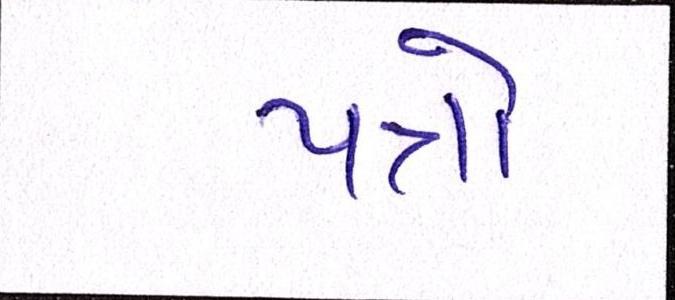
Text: પત્રો